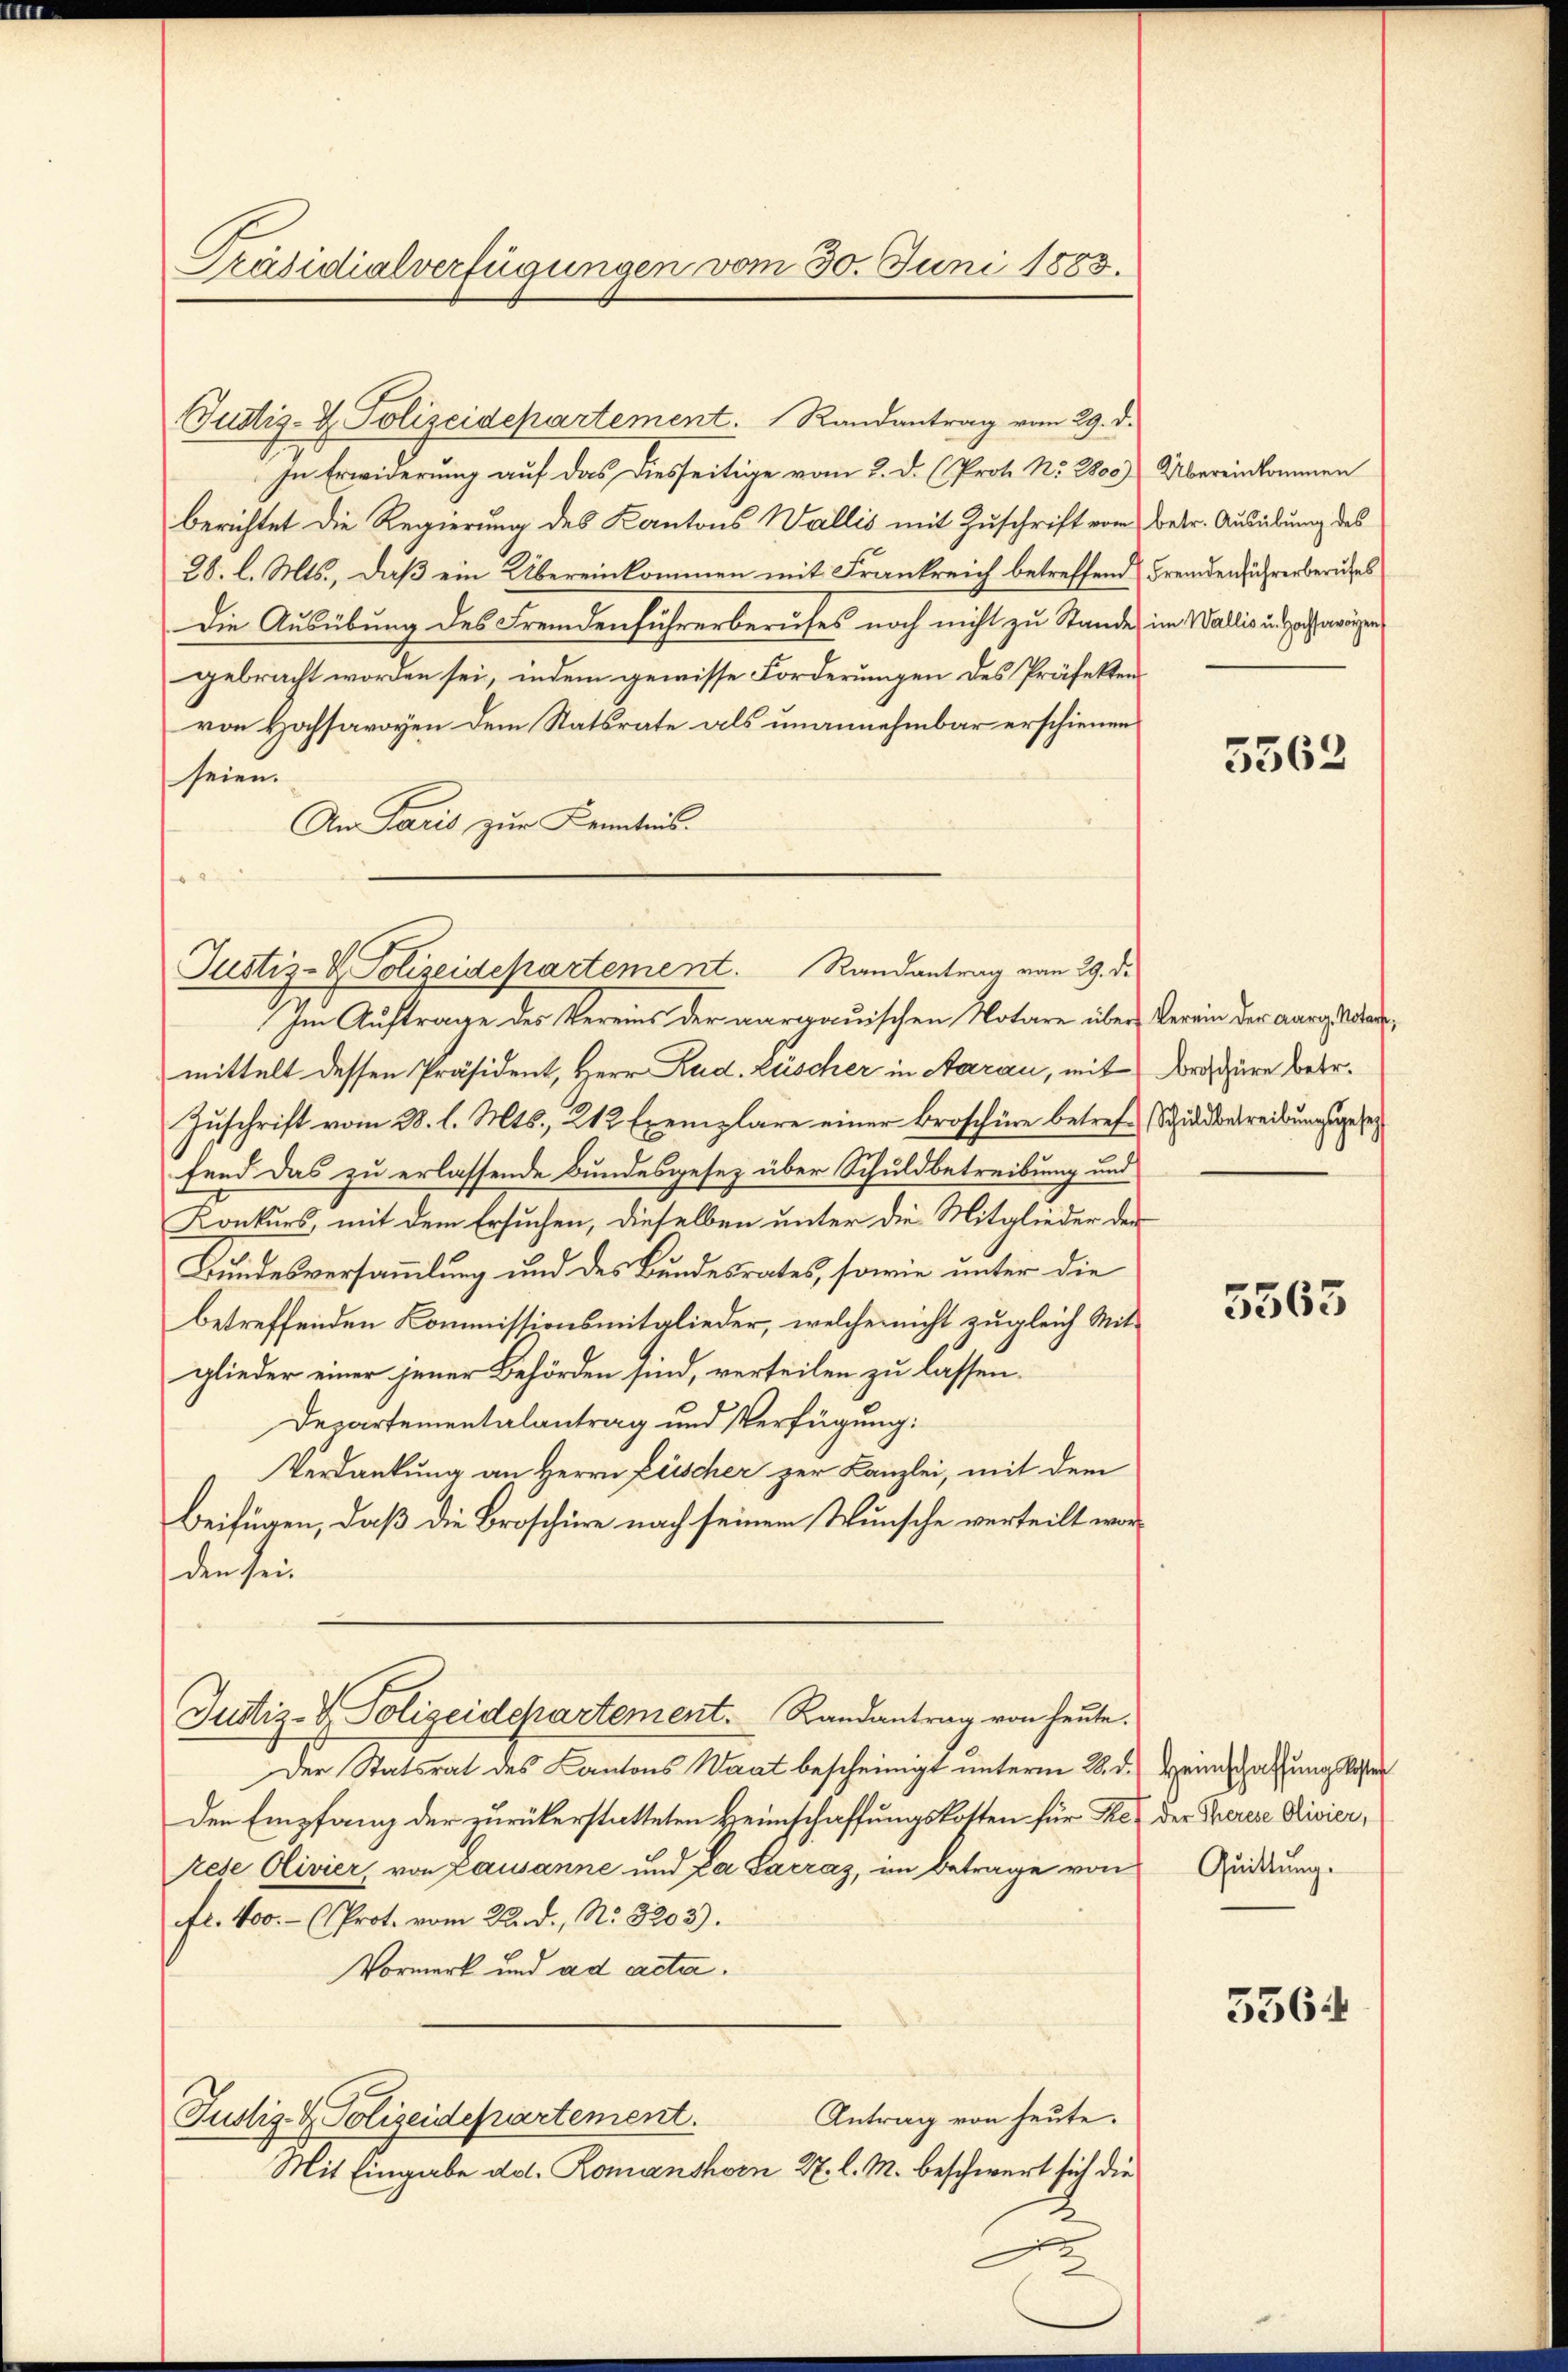
Präsidialverfügungen vom 30. Juni 1883.

Justiz-Z. Polizeidepartement. Randantrag vom 29. d.
In Erwiderung auf das diesseitige vom 2. d. (Prote No. 2800) Übereinkommen
berichtet die Regierung des Kantons Wallis mit Zuschrift vom Betr. Ausübung des
28. l. Mts., daß ein Übereinkommen mit Frankreich betreffend Fremdenführerberufes
Die Ausübung des Fremdenführerberufes noch nicht zu Stande, im Wallis und als eigen
gebracht worden sei, indem gewisse Forderungen des Präfektens
von Hochsavoyen dem Statsrate als unannehmbar erschienen
seien.
An Paris zur Kenntnis.

Justiz- & Polizeidepartement. Randantrag vom 29. d.

Im Auftrage des Vereins der aargauischen Notare über Verein der aarge anmittelt dessen Präsident, Herr Rud. Lüscher in Aarau, mit Droschüre betr.
Zuschrift vom 28. l. Mts., 212 Exemplare einer Broschüre betref- (Schildbetreibungsgeset
fend das zu erlassende Bundesgesetz über Schuldbetreibung und
Konkurs, mit dem Ersuchen, dieselben unter die Mitglieder der
Bundesversammlung und des Bundesrates, sowie unter die
betreffenden Kommissionsmitglieder, welche nicht zugleich Mit-
glieder einer jener Behörden sind, verteilen zu lassen.
Departementalantrag und Verfügung:
Verdankung an Herrn Frischer zur Kanzlei, mit dem
Beifügen, daß die Broschüre nach seinem Wunsche verteilt worden sei.
Justiz- & Polizeidepartement.   Randantrag von heute.
Der Statsrat des Kantons Waat bescheinigt unterm 28. d.
den Empfang der zurükerstatteten Heimschaffungskosten für Rez der Therere Rivier,
rese Clivier, von Lausanne und Da Sarraz, im Betrage von Ordnung.
fr. 400.- (Prot. vom Rad. No. 3203).
Vormerk und ad acta.
Antrag von heute.
Justiz- & Polizeidepartement.
Mit Eingabe ad. Romanshorn 27. l. M. beschwert sich die
2

5362

t

5563

Heimschaffungskoste

5364